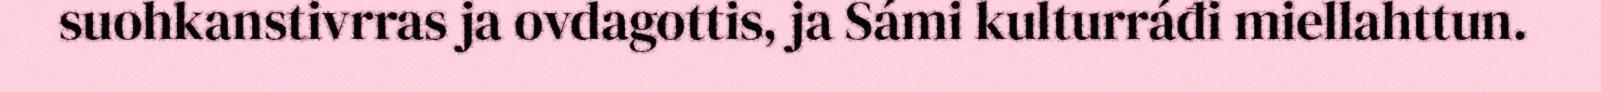
suohkanstivrras ja ovdagottis, ja Sámi kulturráđi miellahttun.